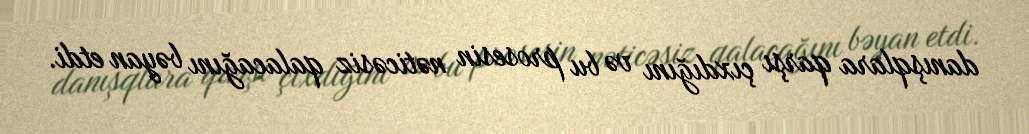
danışqlara qarşı çıxdığını və bu prosesin nəticəsiz qalacağını bəyan etdi.